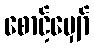
စောင့်မျှော်